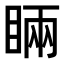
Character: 𥇑